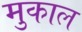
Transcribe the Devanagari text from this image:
मुकाल